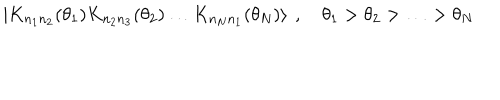
\left| K _ { n _ { 1 } n _ { 2 } } ( \theta _ { 1 } ) K _ { n _ { 2 } n _ { 3 } } ( \theta _ { 2 } ) \ldots K _ { n _ { N } n _ { 1 } } ( \theta _ { N } ) \right\rangle \: , \quad \theta _ { 1 } > \theta _ { 2 } > \ldots > \theta _ { N }